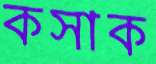
কসাক